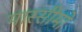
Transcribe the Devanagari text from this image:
मास्सीमो